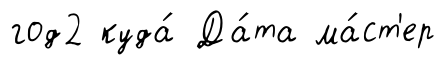
год2 куда́ Да́та ма́ст'ер